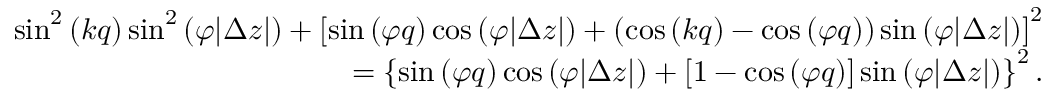
\begin{array} { r l r } & { } & { \sin ^ { 2 } { ( k q ) } \sin ^ { 2 } { ( \varphi | \Delta z | ) } + \left[ \sin { ( \varphi q ) } \cos { ( \varphi | \Delta z | ) } + ( \cos { ( k q ) } - \cos { ( \varphi q ) } ) \sin { ( \varphi | \Delta z | ) } \right] ^ { 2 } } \\ & { } & { = \left\{ \sin { ( \varphi q ) } \cos { ( \varphi | \Delta z | ) } + [ 1 - \cos { ( \varphi q ) } ] \sin { ( \varphi | \Delta z | ) } \right\} ^ { 2 } . } \end{array}